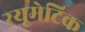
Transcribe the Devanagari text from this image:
रयूमेटिक